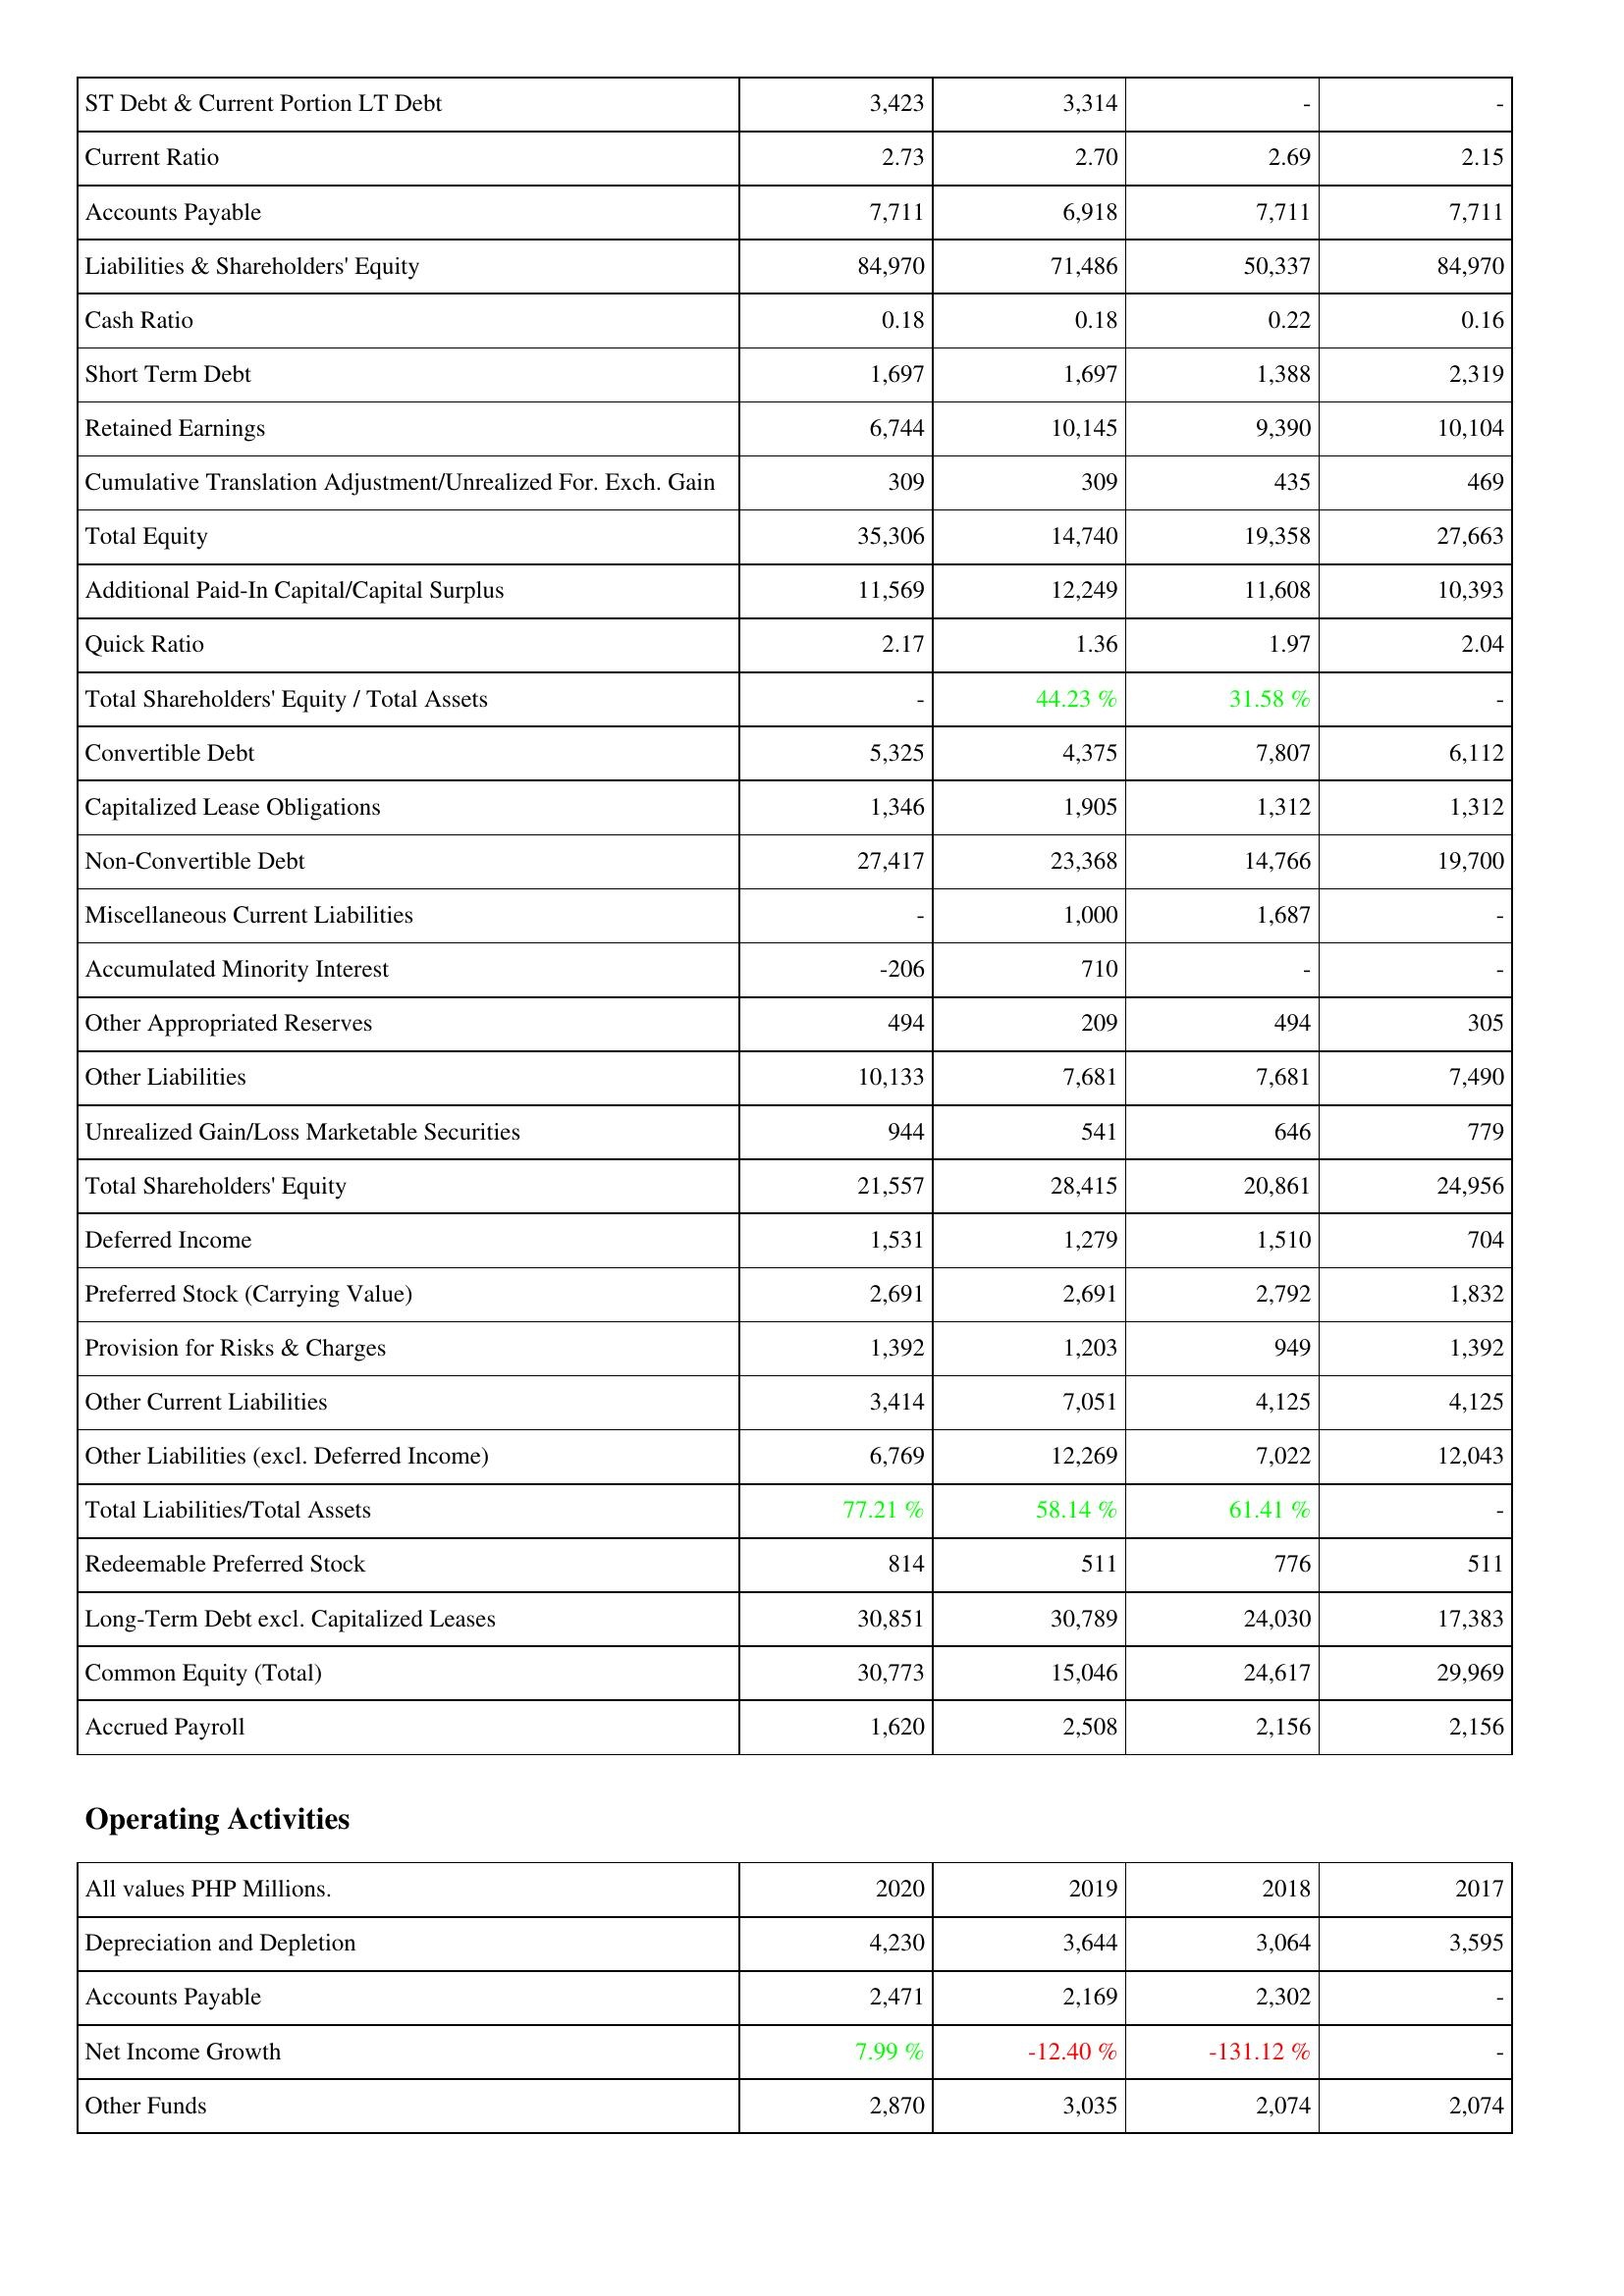
2020: Liabilities & Shareholders' Equity: ST Debt & Current Portion LT Debt: 3,423
Current Ratio: 2.73
Accounts Payable: 7,711
Liabilities & Shareholders' Equity: 84,970
Cash Ratio: 0.18
Short Term Debt: 1,697
Retained Earnings: 6,744
Cumulative Translation Adjustment/Unrealized For. Exch. Gain: 309
Total Equity: 35,306
Additional Paid-In Capital/Capital Surplus: 11,569
Quick Ratio: 2.17
Total Shareholders' Equity / Total Assets: -
Convertible Debt: 5,325
Capitalized Lease Obligations: 1,346
Non-Convertible Debt: 27,417
Miscellaneous Current Liabilities: -
Accumulated Minority Interest: -206
Other Appropriated Reserves: 494
Other Liabilities: 10,133
Unrealized Gain/Loss Marketable Securities: 944
Total Shareholders' Equity: 21,557
Deferred Income: 1,531
Preferred Stock (Carrying Value): 2,691
Provision for Risks & Charges: 1,392
Other Current Liabilities: 3,414
Other Liabilities (excl. Deferred Income): 6,769
Total Liabilities/Total Assets: 77.21 %
Redeemable Preferred Stock: 814
Long-Term Debt excl. Capitalized Leases: 30,851
Common Equity (Total): 30,773
Accrued Payroll: 1,620
Operating Activities: Depreciation and Depletion: 4,230
Accounts Payable: 2,471
Net Income Growth: 7.99 %
Other Funds: 2,870
2019: Liabilities & Shareholders' Equity: ST Debt & Current Portion LT Debt: 3,314
Current Ratio: 2.70
Accounts Payable: 6,918
Liabilities & Shareholders' Equity: 71,486
Cash Ratio: 0.18
Short Term Debt: 1,697
Retained Earnings: 10,145
Cumulative Translation Adjustment/Unrealized For. Exch. Gain: 309
Total Equity: 14,740
Additional Paid-In Capital/Capital Surplus: 12,249
Quick Ratio: 1.36
Total Shareholders' Equity / Total Assets: 44.23 %
Convertible Debt: 4,375
Capitalized Lease Obligations: 1,905
Non-Convertible Debt: 23,368
Miscellaneous Current Liabilities: 1,000
Accumulated Minority Interest: 710
Other Appropriated Reserves: 209
Other Liabilities: 7,681
Unrealized Gain/Loss Marketable Securities: 541
Total Shareholders' Equity: 28,415
Deferred Income: 1,279
Preferred Stock (Carrying Value): 2,691
Provision for Risks & Charges: 1,203
Other Current Liabilities: 7,051
Other Liabilities (excl. Deferred Income): 12,269
Total Liabilities/Total Assets: 58.14 %
Redeemable Preferred Stock: 511
Long-Term Debt excl. Capitalized Leases: 30,789
Common Equity (Total): 15,046
Accrued Payroll: 2,508
Operating Activities: Depreciation and Depletion: 3,644
Accounts Payable: 2,169
Net Income Growth: -12.40 %
Other Funds: 3,035
2018: Liabilities & Shareholders' Equity: ST Debt & Current Portion LT Debt: -
Current Ratio: 2.69
Accounts Payable: 7,711
Liabilities & Shareholders' Equity: 50,337
Cash Ratio: 0.22
Short Term Debt: 1,388
Retained Earnings: 9,390
Cumulative Translation Adjustment/Unrealized For. Exch. Gain: 435
Total Equity: 19,358
Additional Paid-In Capital/Capital Surplus: 11,608
Quick Ratio: 1.97
Total Shareholders' Equity / Total Assets: 31.58 %
Convertible Debt: 7,807
Capitalized Lease Obligations: 1,312
Non-Convertible Debt: 14,766
Miscellaneous Current Liabilities: 1,687
Accumulated Minority Interest: -
Other Appropriated Reserves: 494
Other Liabilities: 7,681
Unrealized Gain/Loss Marketable Securities: 646
Total Shareholders' Equity: 20,861
Deferred Income: 1,510
Preferred Stock (Carrying Value): 2,792
Provision for Risks & Charges: 949
Other Current Liabilities: 4,125
Other Liabilities (excl. Deferred Income): 7,022
Total Liabilities/Total Assets: 61.41 %
Redeemable Preferred Stock: 776
Long-Term Debt excl. Capitalized Leases: 24,030
Common Equity (Total): 24,617
Accrued Payroll: 2,156
Operating Activities: Depreciation and Depletion: 3,064
Accounts Payable: 2,302
Net Income Growth: -131.12 %
Other Funds: 2,074
2017: Liabilities & Shareholders' Equity: ST Debt & Current Portion LT Debt: -
Current Ratio: 2.15
Accounts Payable: 7,711
Liabilities & Shareholders' Equity: 84,970
Cash Ratio: 0.16
Short Term Debt: 2,319
Retained Earnings: 10,104
Cumulative Translation Adjustment/Unrealized For. Exch. Gain: 469
Total Equity: 27,663
Additional Paid-In Capital/Capital Surplus: 10,393
Quick Ratio: 2.04
Total Shareholders' Equity / Total Assets: -
Convertible Debt: 6,112
Capitalized Lease Obligations: 1,312
Non-Convertible Debt: 19,700
Miscellaneous Current Liabilities: -
Accumulated Minority Interest: -
Other Appropriated Reserves: 305
Other Liabilities: 7,490
Unrealized Gain/Loss Marketable Securities: 779
Total Shareholders' Equity: 24,956
Deferred Income: 704
Preferred Stock (Carrying Value): 1,832
Provision for Risks & Charges: 1,392
Other Current Liabilities: 4,125
Other Liabilities (excl. Deferred Income): 12,043
Total Liabilities/Total Assets: -
Redeemable Preferred Stock: 511
Long-Term Debt excl. Capitalized Leases: 17,383
Common Equity (Total): 29,969
Accrued Payroll: 2,156
Operating Activities: Depreciation and Depletion: 3,595
Accounts Payable: -
Net Income Growth: -
Other Funds: 2,074